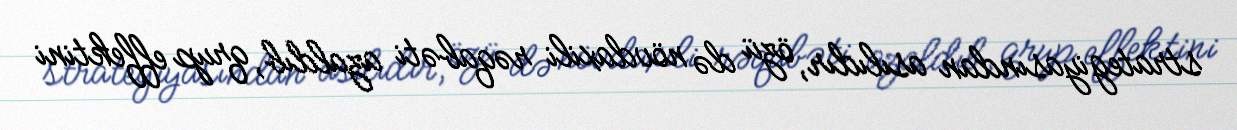
strategiyasından asılıdır, özü də növdaxili rəqabəti azaldıb, qrup effektini